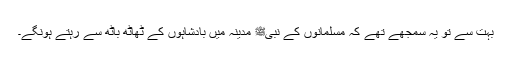
بہت سے تو یہ سمجھے تھے کہ مسلمانوں کے نبیﷺ مدینہ میں بادشاہوں کے ٹھاٹھ باٹھ سے رہتے ہونگے۔